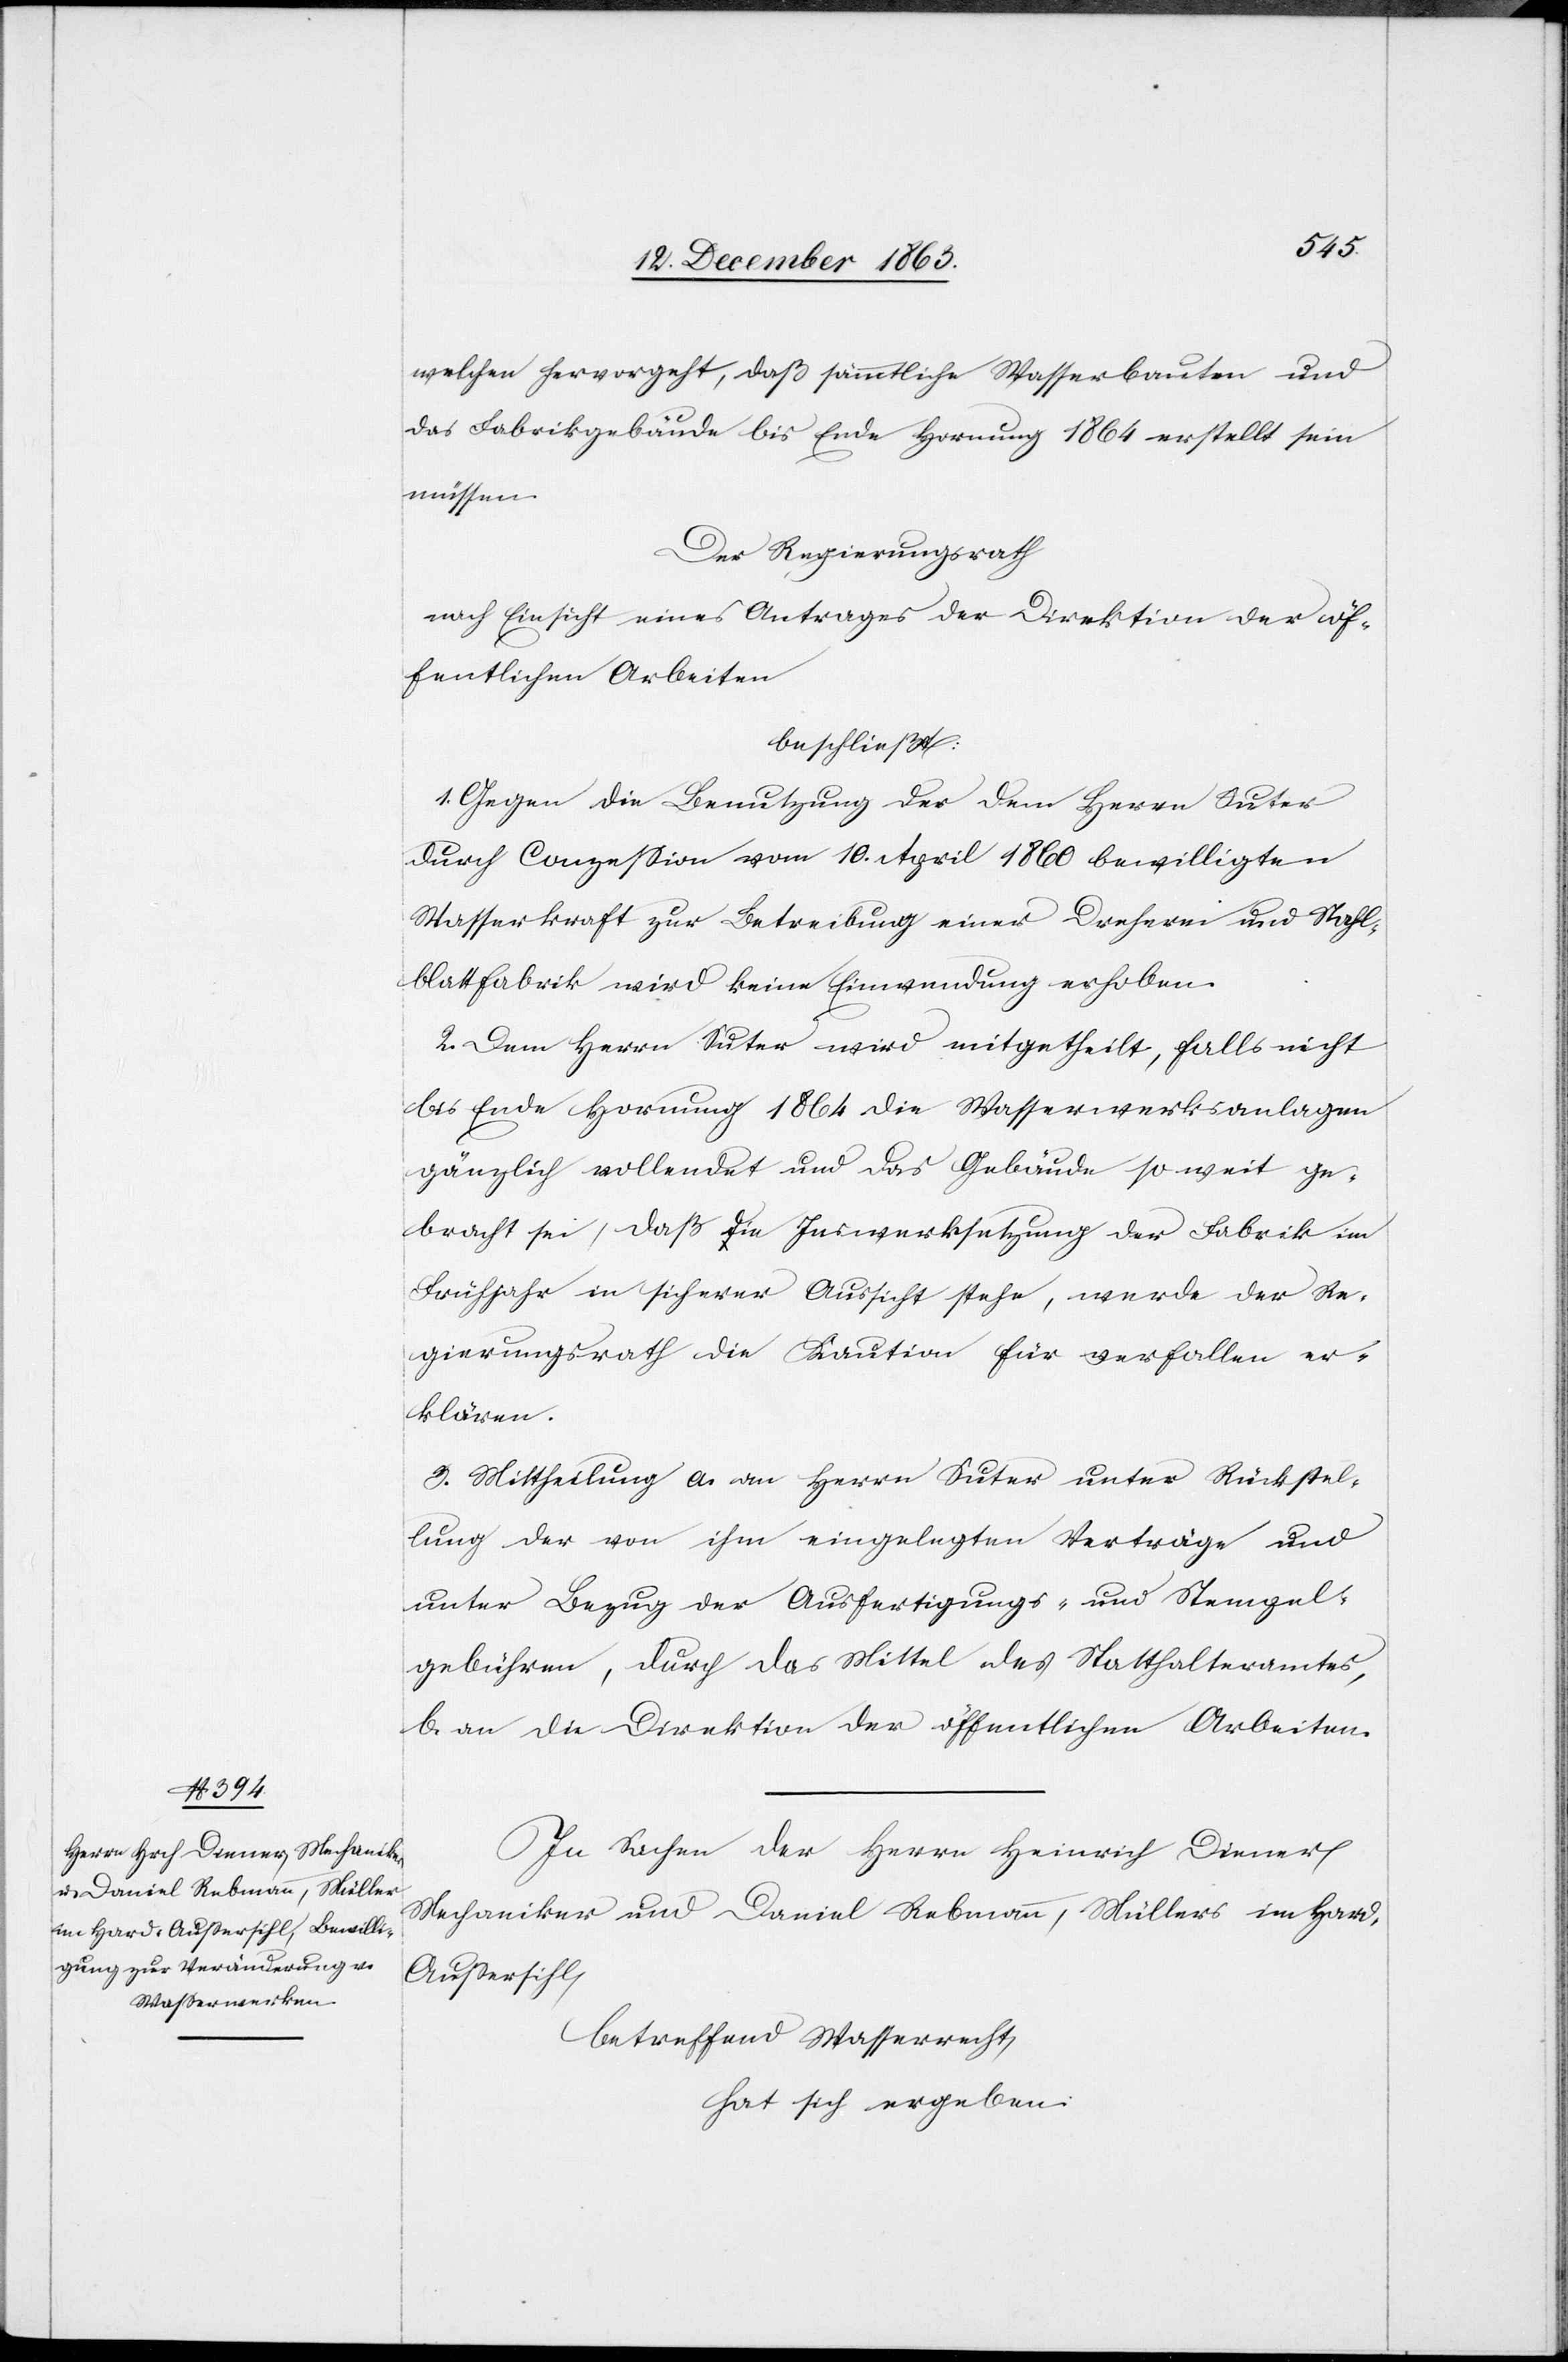
welchen hervorgeht, daß sämmtliche Wasserbauten und
das Fabrikgebäude bis Ende Hornung 1864 erstellt sein
müssen.
Der Regierungsrath
nach Einsicht eines Antrages der Direktion der öf¬
fentlichen Arbeiten
beschließt:
1. Gegen die Benutzung der dem Herrn Suter
durch Conzession vom 10. April 1860 bewilligten
Wasserkraft zur Betreibung einer Dreherei und Stahl¬
blattfabrik wird keine Einwendung erhoben.
2. Dem Herrn Suter wird mitgetheilt, falls nicht
bis Ende Hornung 1864 die Wasserwerksanlagen
gänzlich vollendet und das Gebäude soweit ge¬
bracht sei, daß die Inswerksetzung der Fabrik im
Frühjahr in sicherer Aussicht stehe, werde der Re¬
gierungsrath die Kaution für verfallen er¬
klären.
3. Mittheilung a. an Herrn Suter unter Rückstel¬
lung der von ihm eingelegten Verträge und
unter Bezug der Ausfertigungs- und Stempel¬
gebühren, durch das Mittel des Statthalteramtes,
b. an die Direktion der öffentlichen Arbeiten.
Zu Sachen der Herrn Heinrich Diener,
Mechaniker und Daniel Rebmann, Müllers im Hard,
Aussersihl,
betreffend Wasserrecht,
hat sich ergeben: